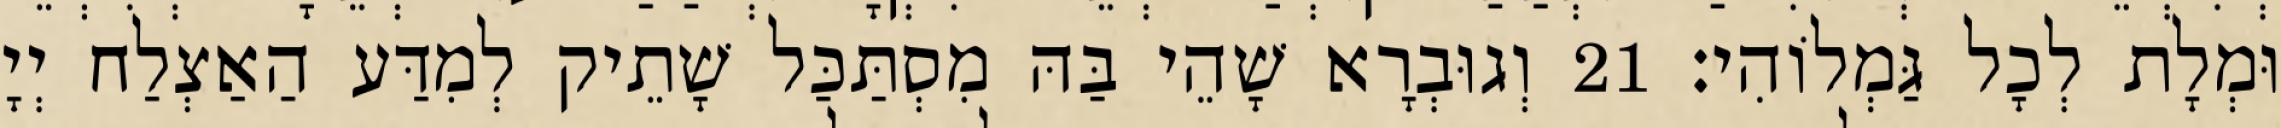
וּמְלָת לְכָל גַּמְלוֹהִי׃ 21 וְגוּבְרָא שָׁהֵי בַּהּ מִסְתַּכַּל שָׁתֵיק לְמִדַּע הַאַצְלַח יְיָ